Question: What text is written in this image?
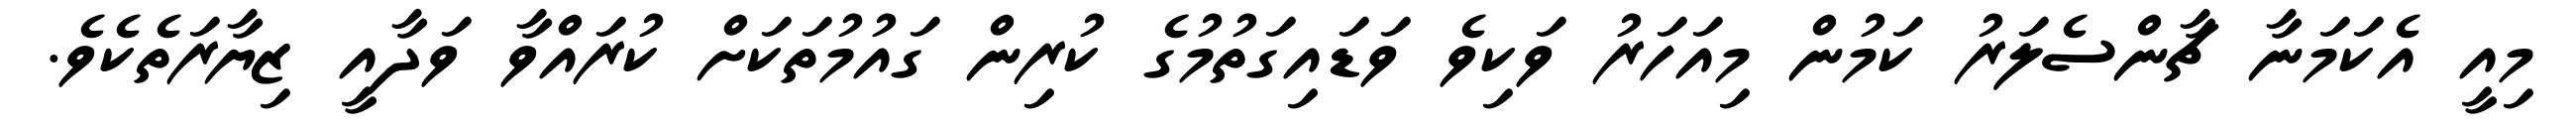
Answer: މިއީ އެކަމަނާ ޗާންސެލަރު ކަމުން މިއަހަރު ވަކިވެ ވަޑައިގަތުމުގެ ކުރިން ގައުމުތަކަށް ކުރައްވާ ވަދާއީ ޒިޔާރަތެކެވެ.